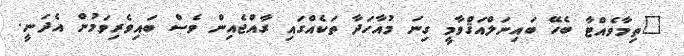
"ތިމާވެއްޓާ ބެހޭ ބައިނަލްއަޤްވާމީ ގިނަ މުއާހަދާ ތަކެއްގައި ރާއްޖެއިން ވެސް ބައިވެރިވަމުން އެދަނީ.